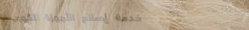
خدمة إصلاح الأجهزة الكهرب